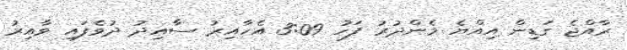
ރާއްޖެ ގަޑިން އިއްޔެ މެންދުރު ފަހު 3:09 އެހާއިރު ސާއިދު ދުވެފައި ވާއިރު